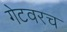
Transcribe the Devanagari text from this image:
गेटवरच